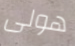
هولى